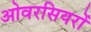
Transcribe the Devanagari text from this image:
ओवरसियरों